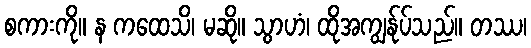
စကားကို။ န ကထေသိ၊ မဆို။ သွာဟံ၊ ထိုအကျွန်ုပ်သည်။ တဿ၊